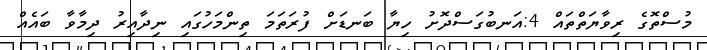
މުސްތޮގެ ރިވާޔަތްތައް 4:އަނބުގަސްދޮށު ހިޔާ ބަނޑަށް ފުރަތަމަ ތިންމަހުގައި ނިދާއިރު ދިމާވާ ބައެއް